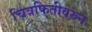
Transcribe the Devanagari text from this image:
चित्रफितीवरुन